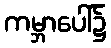
ကမ္ဘာပေါ်၌